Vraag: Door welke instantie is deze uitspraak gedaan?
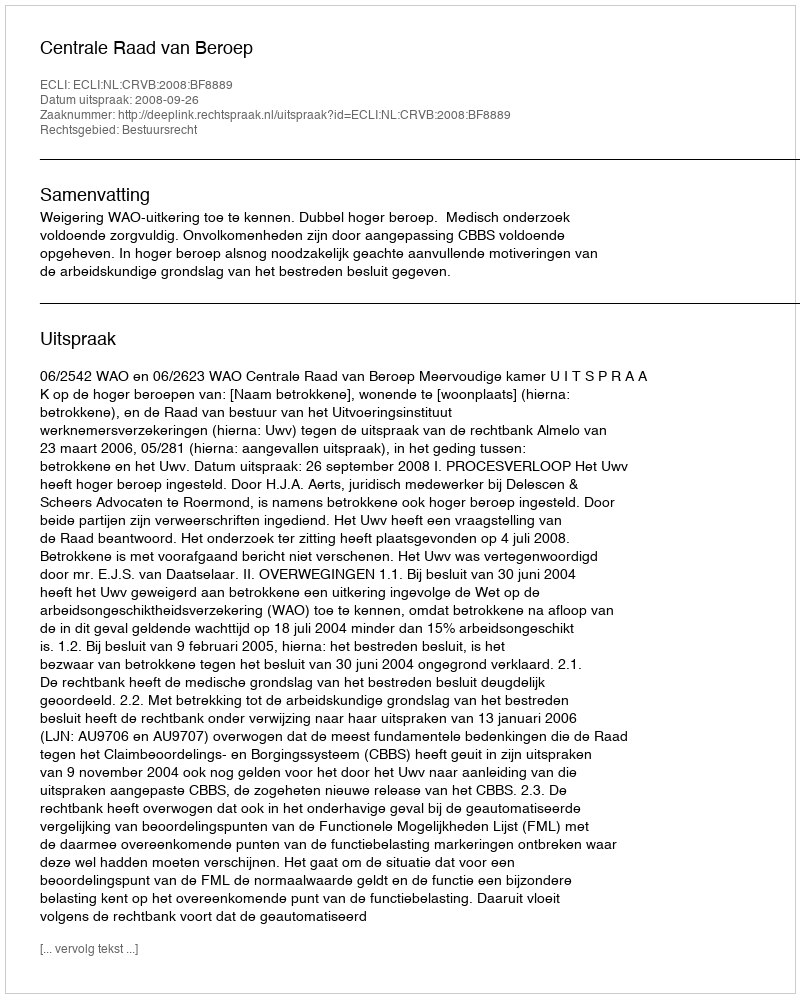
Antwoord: Centrale Raad van Beroep